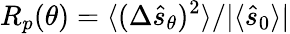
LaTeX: R_{p}(\theta)=\langle(\Delta\hat{s}_{\theta})^{2}\rangle/|\langle\hat{s}_{0}\rangle|